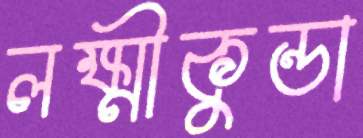
লক্ষ্মীকুন্ডা